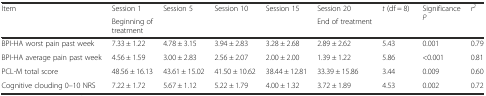
<table><thead><tr><td rowspan="2"><b>Item</b></td><td><b>Session 1</b></td><td rowspan="2"><b>Session 5</b></td><td rowspan="2"><b>Session 10</b></td><td rowspan="2"><b>Session 15</b></td><td><b>Session 20</b></td><td rowspan="2"><b><i>t</i> (df = 8)</b></td><td rowspan="2"><b>Significance <i>P</i></b></td><td rowspan="2"><b><i>r</i><sup><i>2</i></sup></b></td></tr><tr><td><b>Beginning of treatment</b></td><td><b>End of treatment</b></td></tr></thead><tbody><tr><td>BPI-HA worst pain past week</td><td>7.33 ± 1.22</td><td>4.78 ± 3.15</td><td>3.94 ± 2.83</td><td>3.28 ± 2.68</td><td>2.89 ± 2.62</td><td>5.43</td><td>0.001</td><td>0.79</td></tr><tr><td>BPI-HA average pain past week</td><td>4.56 ± 1.59</td><td>3.00 ± 2.83</td><td>2.56 ± 2.07</td><td>2.00 ± 2.00</td><td>1.39 ± 1.22</td><td>5.86</td><td>&lt;0.001</td><td>0.81</td></tr><tr><td>PCL-M total score</td><td>48.56 ± 16.13</td><td>43.61 ± 15.02</td><td>41.50 ± 10.62</td><td>38.44 ± 12.81</td><td>33.39 ± 15.86</td><td>3.44</td><td>0.009</td><td>0.60</td></tr><tr><td>Cognitive clouding 0–10 NRS</td><td>7.22 ± 1.72</td><td>5.67 ± 1.12</td><td>5.22 ± 1.79</td><td>4.00 ± 1.32</td><td>3.72 ± 1.89</td><td>4.53</td><td>0.002</td><td>0.72</td></tr></tbody></table>